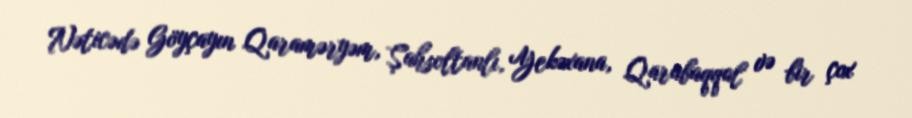
Nəticədə Göyçayın Qaraməryəm, Şahsoltanlı, Yekəxana, Qarabaqqal və bir çox